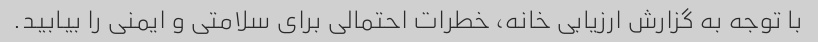
با توجه به گزارش ارزیابی خانه، خطرات احتمالی برای سلامتی و ایمنی را بیابید.